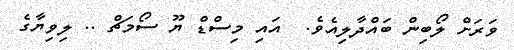
ވަރަށް ލޯބިން ބައްދާލިއެވެ.  އައި މިސްޑް ޔޫ ސޯމަޗް .. ލިވިޔާގެ